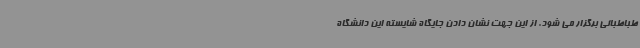
طباطبائی برگزار می شود. از این جهت نشان دادن جایگاه شایسته این دانشگاه